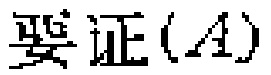
要证$(A)$